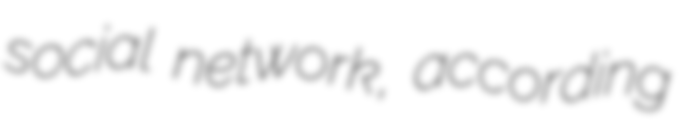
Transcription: social network, according